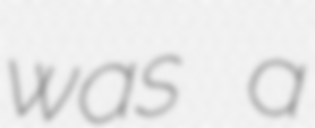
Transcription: was a